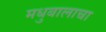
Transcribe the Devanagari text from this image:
मधुबालाचा